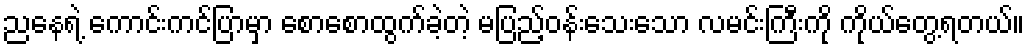
ညနေရဲ့ ကောင်းကင်ပြာမှာ စောစောထွက်ခဲ့တဲ့ မပြည့်ဝန်းသေးသော လမင်းကြီးကို ကိုယ်တွေ့ရတယ်။